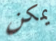
يمكن